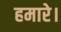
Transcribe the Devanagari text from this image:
हमारे।